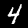
Digit: 4